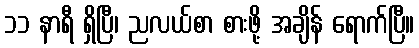
၁၁ နာရီ ရှိပြီ၊ ညလယ်စာ စားဖို့ အချိန် ရောက်ပြီ။